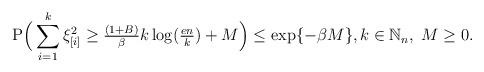
LaTeX: \begin{align*}\mathrm{P}\Big(\sum_{i=1}^{k} \xi_{[i]}^2 \ge \tfrac{(1+B)}{\beta}k \log(\tfrac{en}{k})+ M \Big) \le \exp\{-\beta M\}, k \in \mathbb{N}_n, \; M \ge 0.\end{align*}